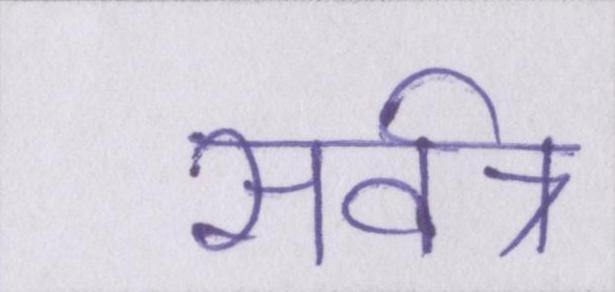
सर्वत्र